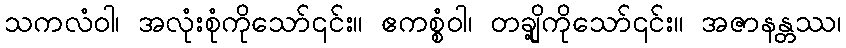
သကလံဝါ၊ အလုံးစုံကိုသော်၎င်း။ ဧကစ္စံဝါ၊ တချို့ကိုသော်၎င်း။ အဇာနန္တဿ၊